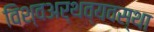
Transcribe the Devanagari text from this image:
विश्वअर्थव्यवस्था